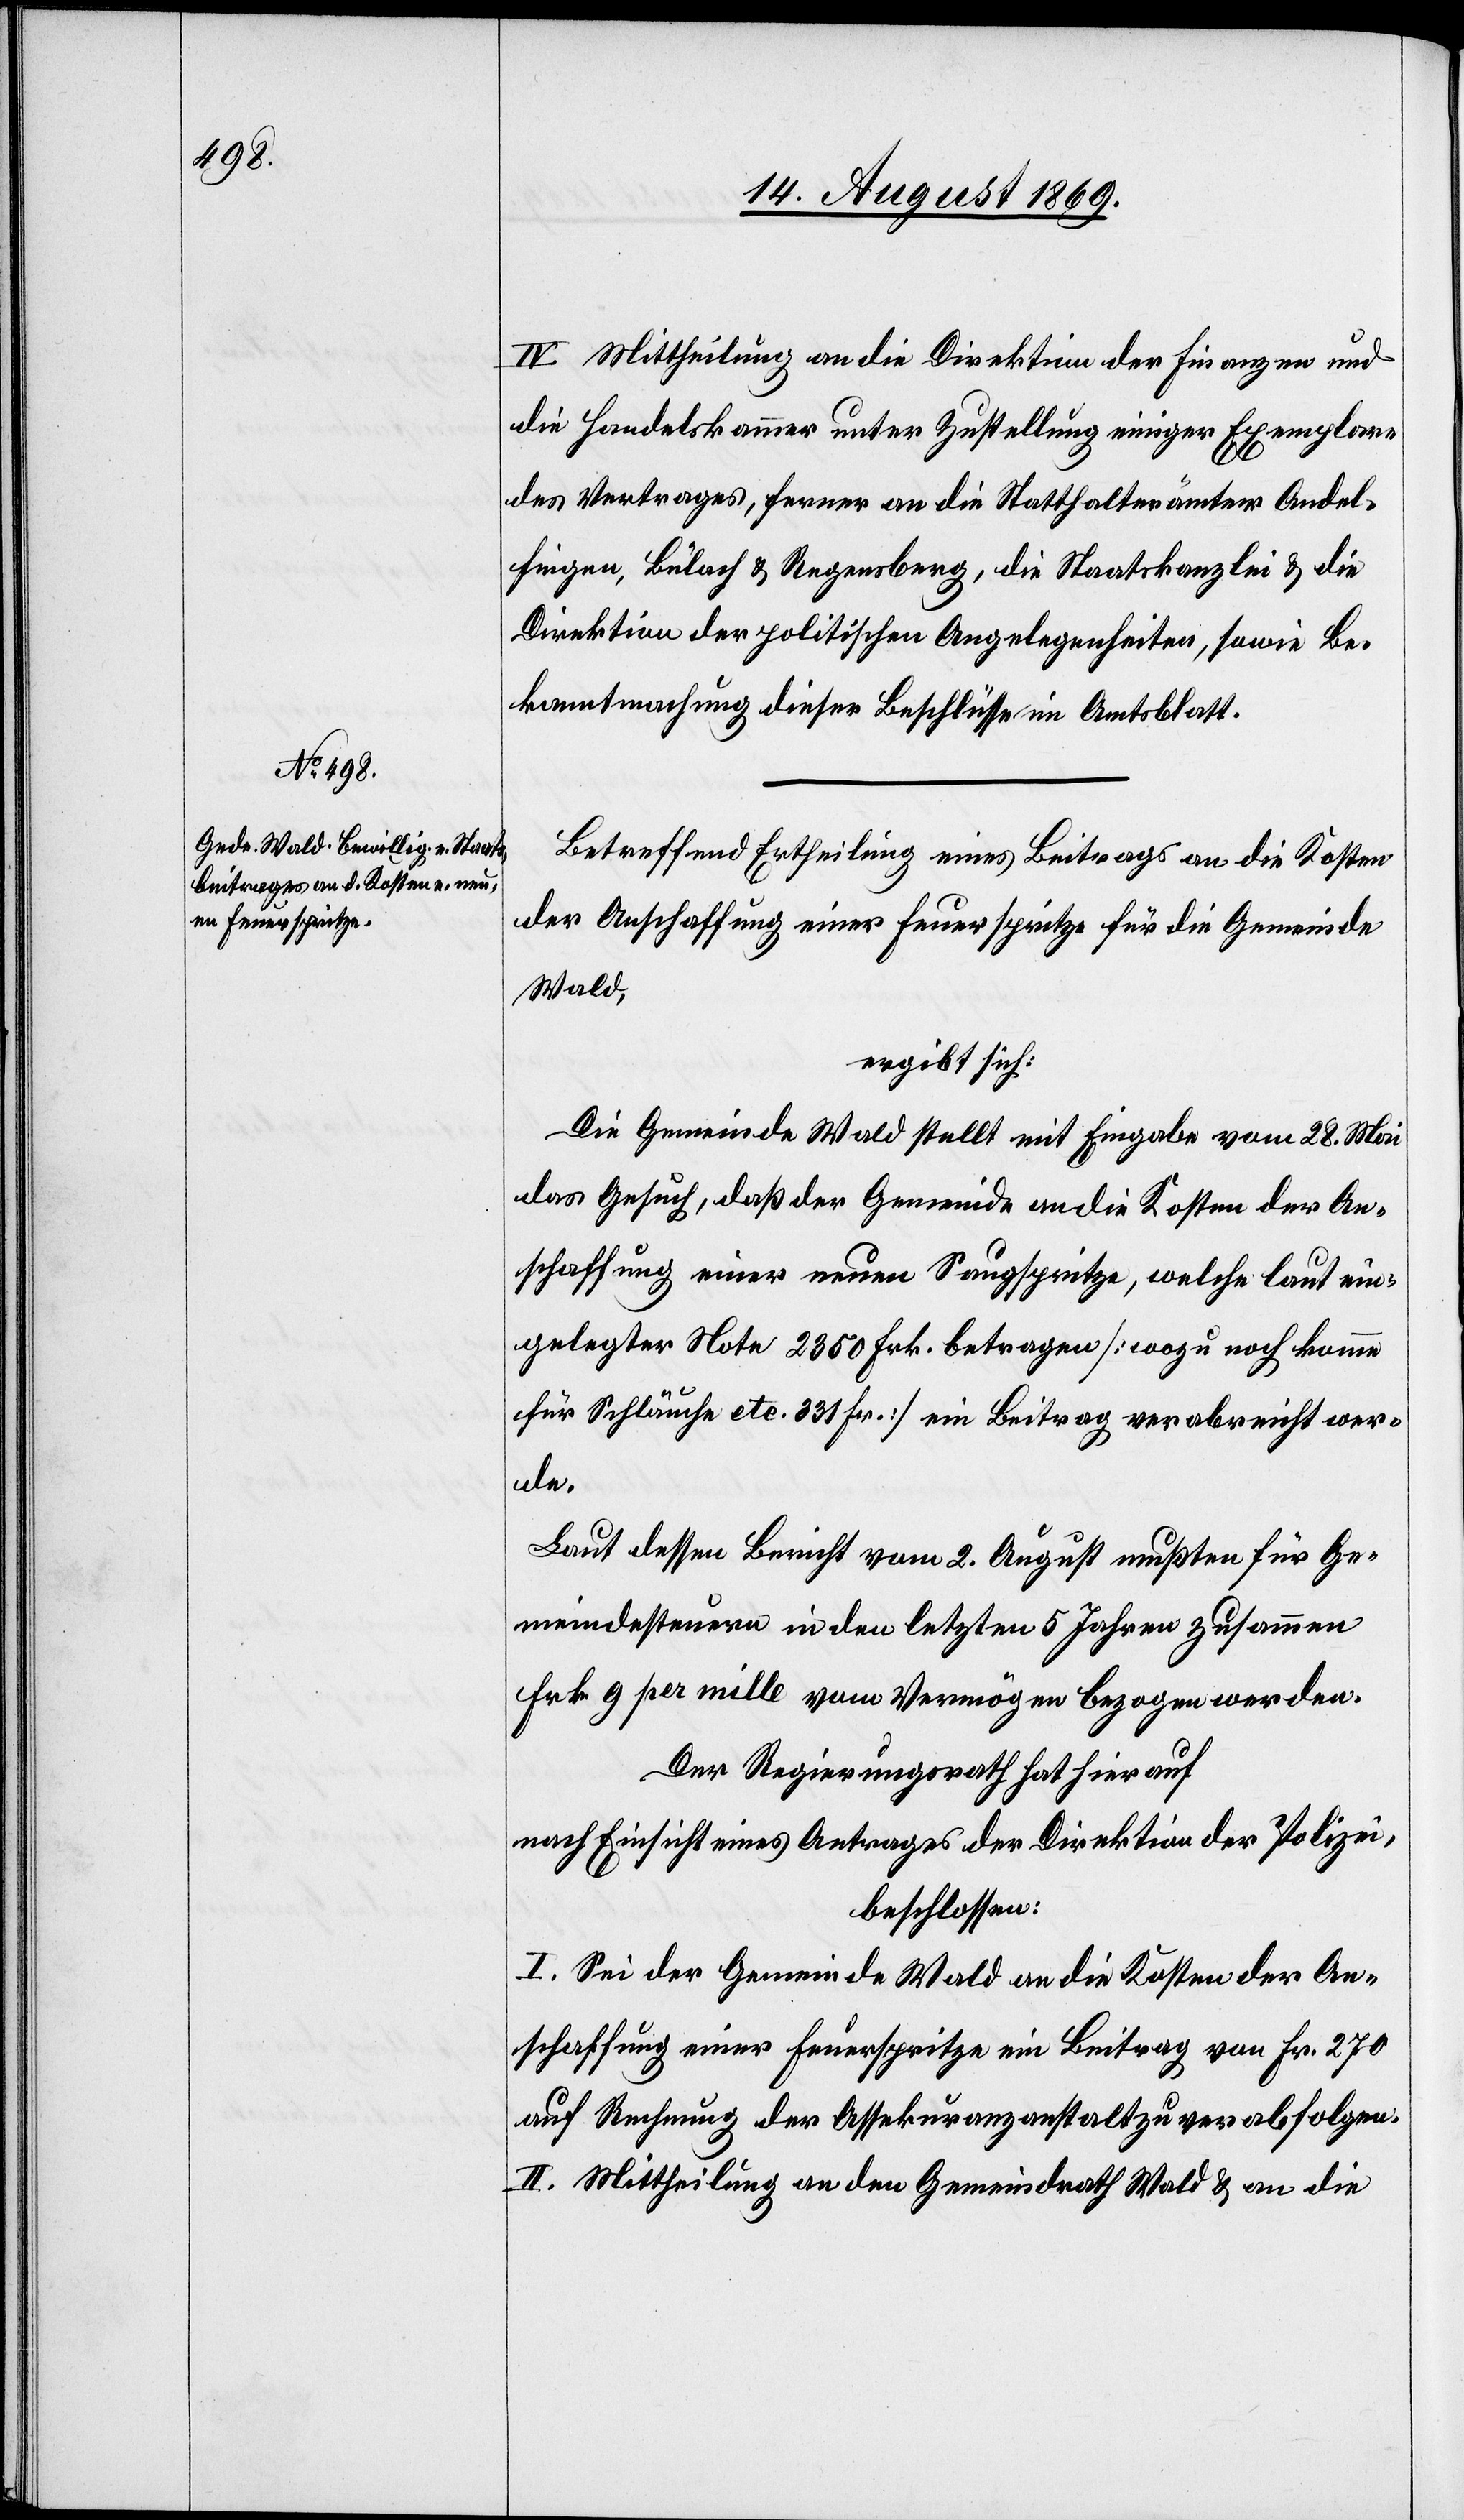
IV. Mittheilung an die Direktion der Finanzen und
die Handelskammer unter Zustellung einiger Exemplare
des Vertrages, ferner an die Statthalterämter Andel¬
fingen, Bülach & Regensberg, die Staatskanzlei & die
Direktion der politischen Angelegenheiten, sowie Be¬
kanntmachung dieser Beschlüsse im Amtsblatt.
Betreffend Ertheilung eines Beitrages an die Kosten
der Anschaffung einer Feuerspritze für die Gemeinde
Wald,
ergibt sich:
Die Gemeinde Wald stellt mit Eingabe vom 28. Mai
das Gesuch, daß der Gemeinde an die Kosten der An¬
schaffung einer neuen Saugspritze, welche laut ein¬
gelegter Note 2350 Frk. betragen [wozu noch komme
für Schläuche etc. 331 Fr.] ein Beitrag verabreicht wer¬
de.
Laut dessen Bericht vom 2. August mußten für Ge¬
meindesteuern in den letzten 5 Jahren zusammen
Frk. 9 per mille vom Vermögen bezogen werden.
Der Regierungsrath hat hierauf
nach Einsicht eines Antrages der Direktion der Polizei,
beschlossen:
I. Sei der Gemeinde Wald an die Kosten der An¬
schaffung einer Feuerspritze ein Beitrag von Fr. 270
auf Rechnung der Assekuranzanstalt zu verabfolgen.
II. Mittheilung an den Gemeindrath Wald & an die